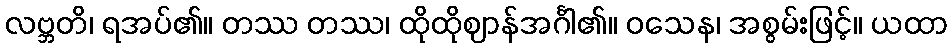
လဗ္ဘတိ၊ ရအပ်၏။ တဿ တဿ၊ ထိုထိုဈာန်အင်္ဂါ၏။ ဝသေန၊ အစွမ်းဖြင့်။ ယထာ